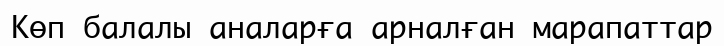
Көп балалы аналарға арналған марапаттар